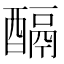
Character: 𨢌